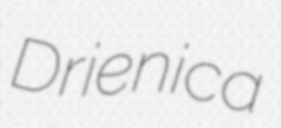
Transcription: Drienica